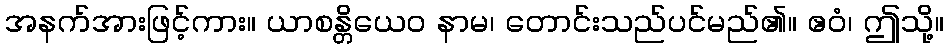
အနက်အားဖြင့်ကား။ ယာစန္တိယေဝ နာမ၊ တောင်းသည်ပင်မည်၏။ ဧဝံ၊ ဤသို့။